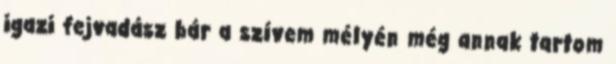
igazi fejvadász bár a szívem mélyén még annak tartom